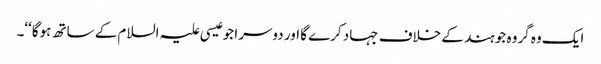
ایک وہ گروہ جو ہند کے خلاف جہاد کرے گا اور دوسرا جو عیسی علیہ السلام کے ساتھ ہوگا‘‘۔